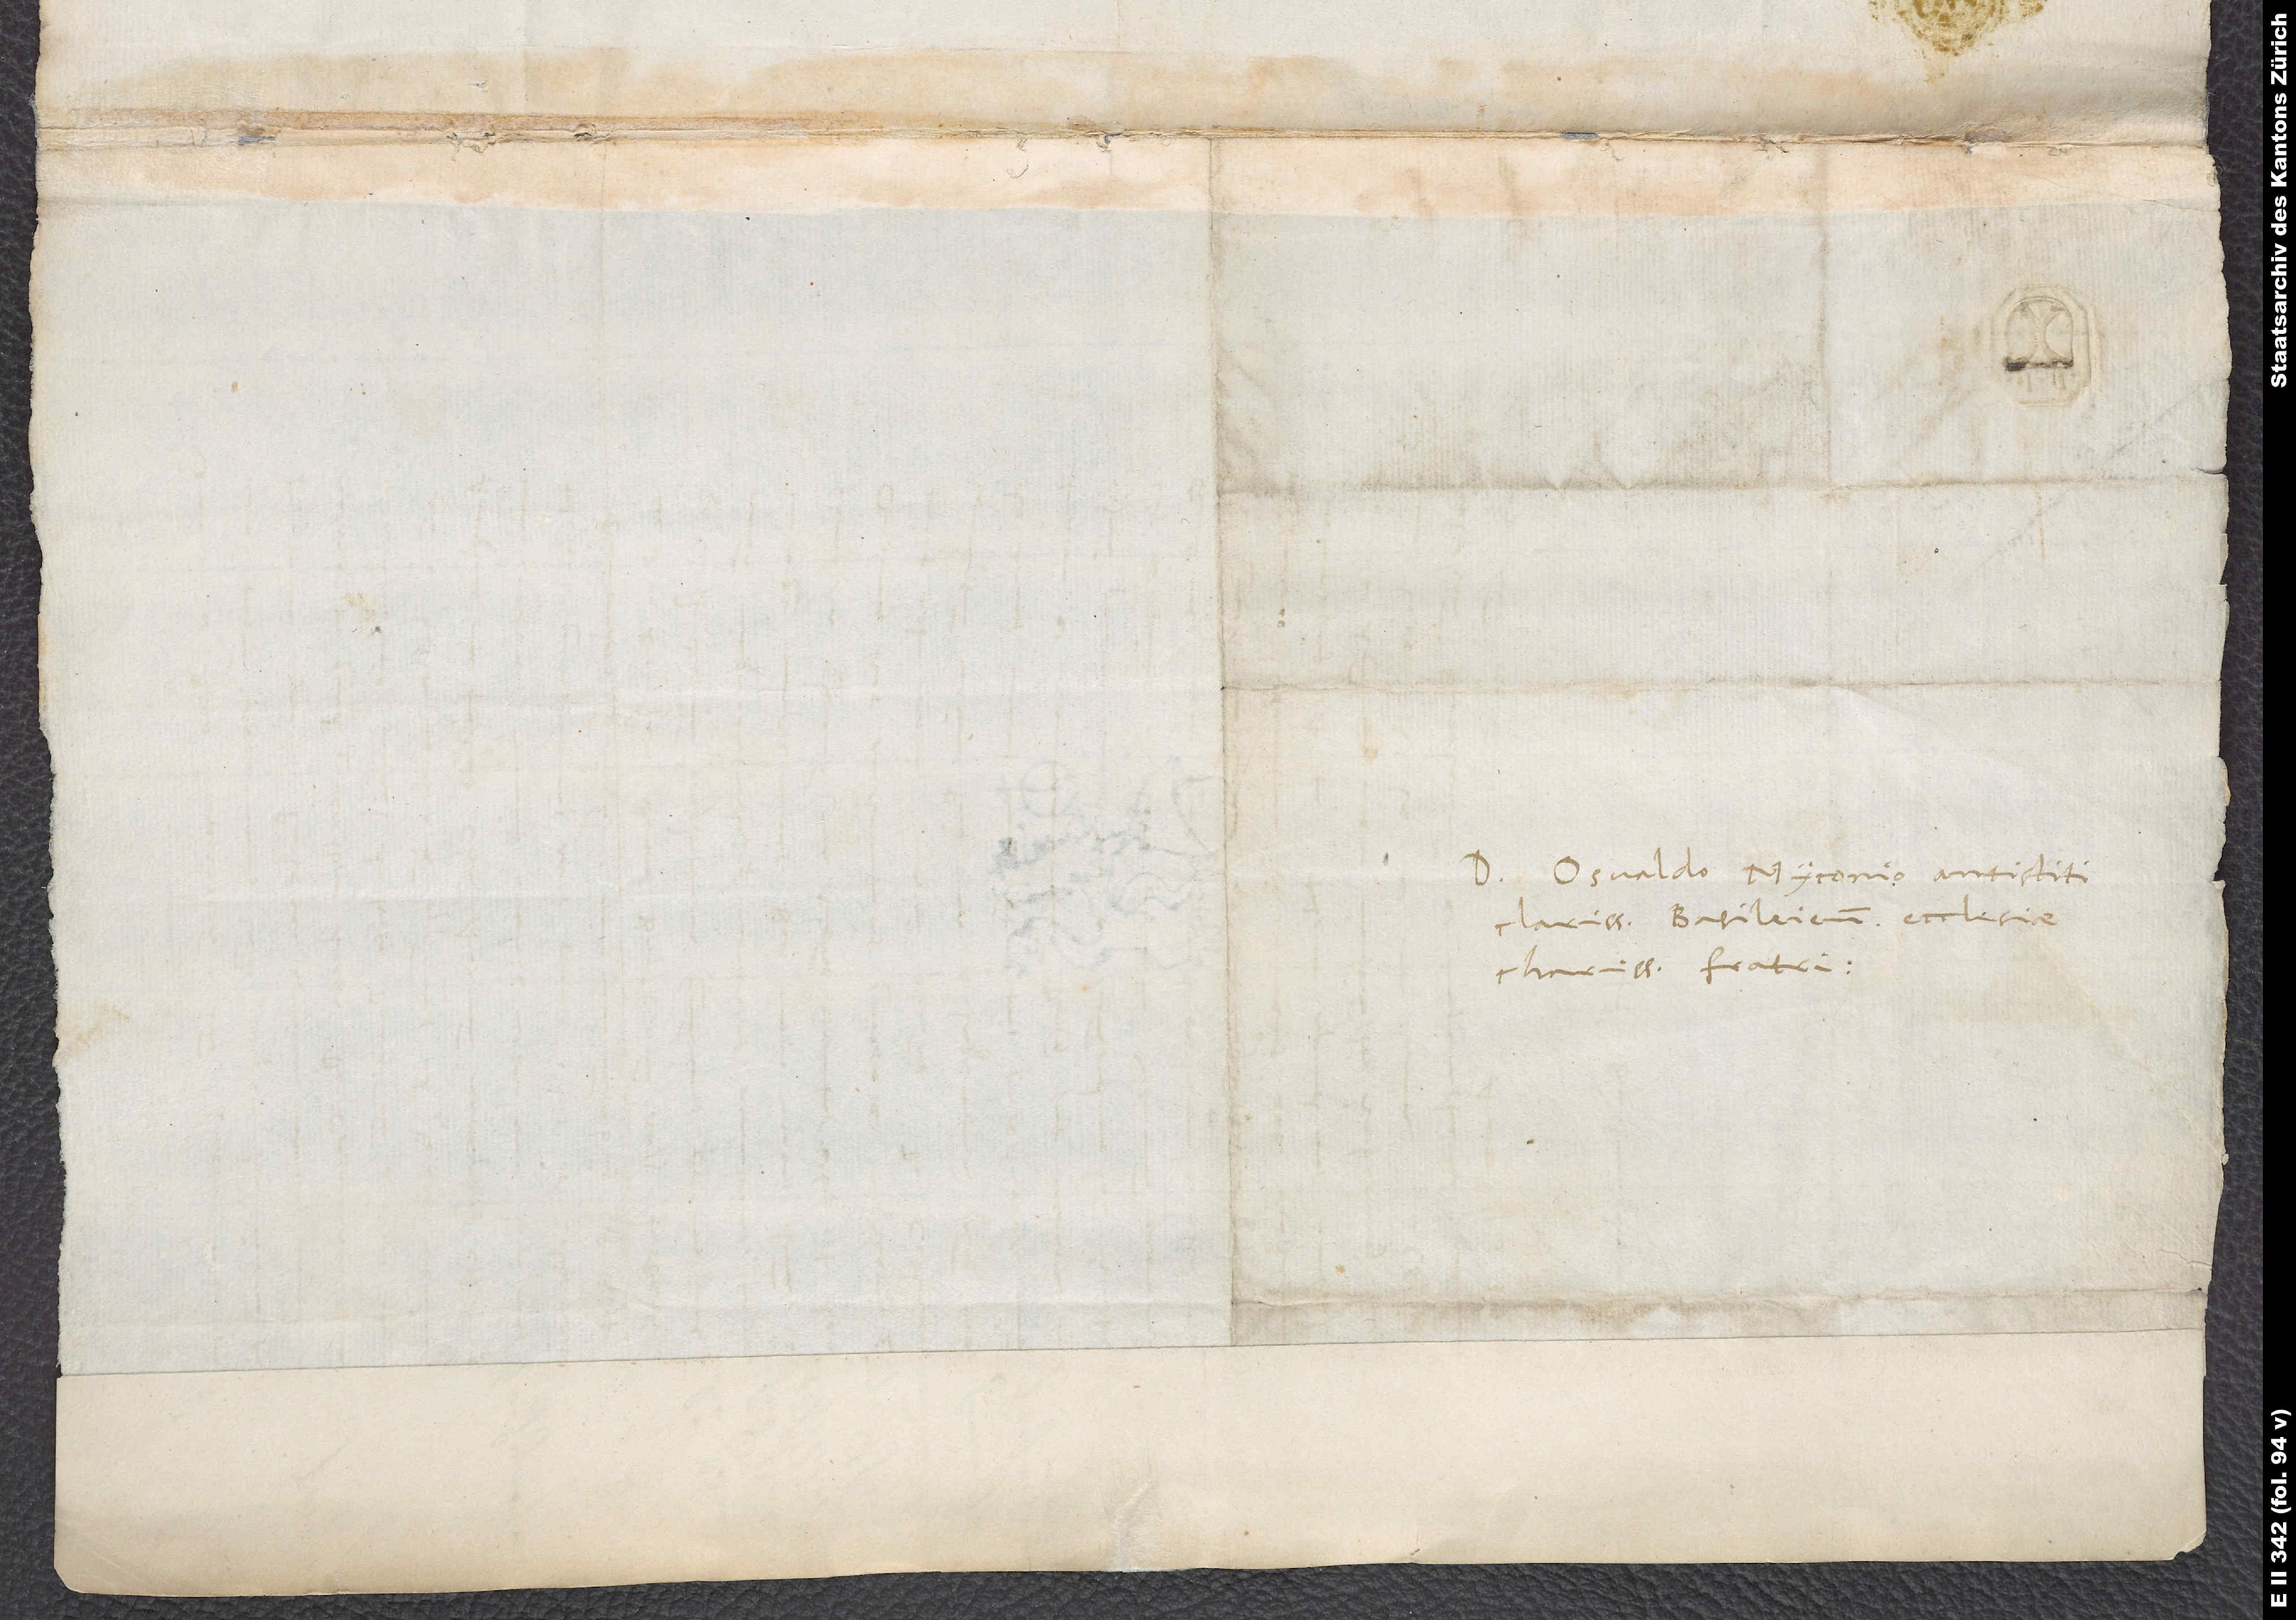
Domino Osvaldo Myconio, antistiti
clarissimo Basileiensis ecclesiae,
charissimo fratri.